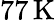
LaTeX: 77\, \mathrm{K}